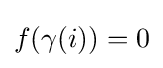
f(\gamma (i))=0